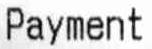
PAYMENT